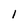
Character: l